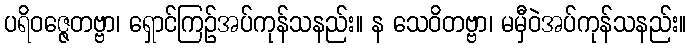
ပရိဝဇ္ဇေတဗ္ဗာ၊ ရှောင်ကြဉ်အပ်ကုန်သနည်း။ န သေဝိတဗ္ဗာ၊ မမှီဝဲအပ်ကုန်သနည်း။